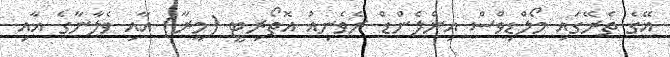
އޭގެ ތެރޭގައި މޯލްޑިވްސް އިންލެންޑް ރެވެނިއު އޮތޯރިޓީ (މީރާ) އާއި ވެލާނާގެ އާއި